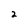
Character: 2